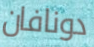
دونافان